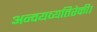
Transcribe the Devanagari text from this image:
अन्वयव्यतिरेकी।